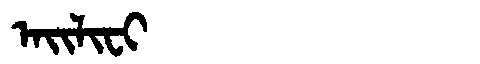
Manchu: ᠠᡳᠯᡳᠸᡳ
Romanization: AILIFI